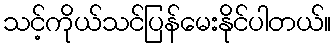
သင့်ကိုယ်သင်ပြန်မေးနိုင်ပါတယ်။